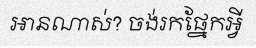
អានណាស់? ចង់រកផ្នែកអ្វី